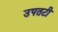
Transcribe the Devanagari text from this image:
उपतटी